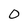
Character: 0